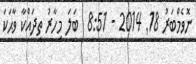
ނޮވެމްބަރު 18